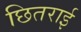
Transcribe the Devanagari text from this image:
छितराई